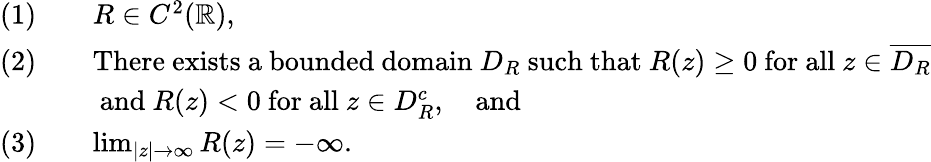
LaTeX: \begin{array}{rl}{(1)\quad}&{R\in C^{2}(\mathbb{R}),}\\ {(2)\quad}&{\mathrm{There~exists~a~bounded~domain~}D_{R}\mathrm{~such~that~}R(z)\geq 0\mathrm{~for~all~}z\in\overline{{D_{R}}}}\\ &{\mathrm{~and~}R(z)<0\mathrm{~for~all~}z\in D_{R}^{c},\quad\mathrm{and}}\\ {(3)\quad}&{\operatorname*{lim}_{|z|\to\infty}R(z)=-\infty.}\end{array}